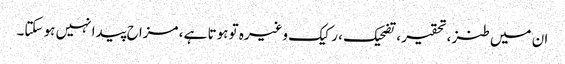
ان میں طنز ، تحقیر ، تضحیک ، رکیک وغیرہ تو ہوتا ہے ، مزاح پیدا نہیں ہو سکتا۔